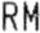
RM